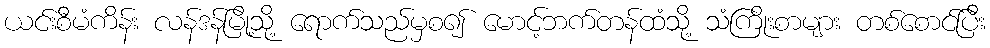
ယင်းစီမံကိန်း လန်ဒန်မြို့သို့ ရောက်သည်မှစ၍ မောင့်ဘက်တန်ထံသို့ သံကြိုးစာများ တစ်စောင်ပြီး